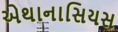
એથાનાસિયસ